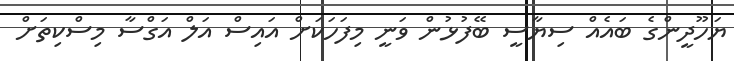
ޔަހޫދީންގެ ބައެއް ސިޔާސީ ބޭފުޅުން ވަނީ މިފަހަކަށް އައިސް އަލް އަގްސާ މިސްކިތަށް